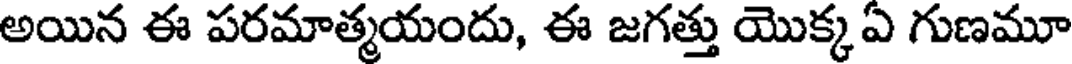
అయిన ఈ పరమాత్మయందు, ఈ జగత్తు యొక్క ఏ గుణమూ